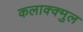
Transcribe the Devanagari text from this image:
कलाक्क्मुल